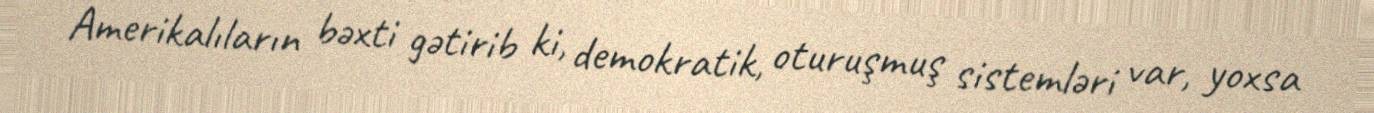
Amerikalıların bəxti gətirib ki, demokratik, oturuşmuş sistemləri var, yoxsa